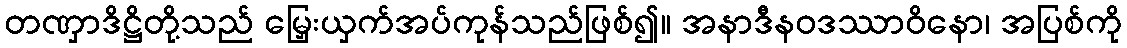
တဏှာဒိဋ္ဌိတို့သည် မြှေးယှက်အပ်ကုန်သည်ဖြစ်၍။ အနာဒီနဝဒဿာဝိနော၊ အပြစ်ကို